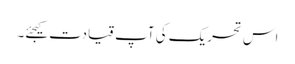
اس تحریک کی آپ قیادت کیجئے۔